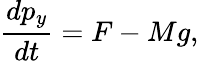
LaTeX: \frac{dp_{y}}{dt}=F-Mg,